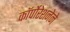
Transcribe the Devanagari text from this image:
कॉर्पोरेशनेने